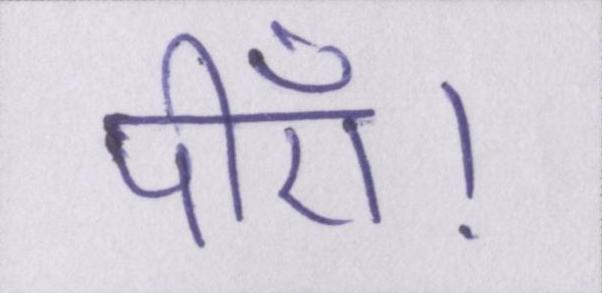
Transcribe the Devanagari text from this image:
पीएँ।